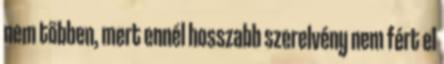
nem többen, mert ennél hosszabb szerelvény nem fért el